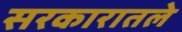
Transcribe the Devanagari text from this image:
सरकारातले